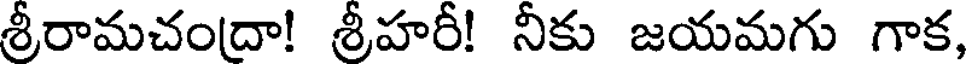
శ్రీరామచందా! శ్రీహరీ! నీకు జయమగు గాక,